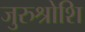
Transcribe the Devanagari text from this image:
जुरुश्रोशि